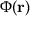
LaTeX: \Phi ( \mathbf { r } )